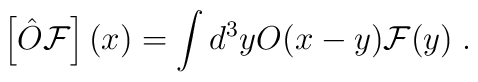
\left[ \hat{O}\mathcal{F}\right] (x)=\int d^{3}yO(x-y)\mathcal{F}(y)\;.